Tartu_Kolgata_baptistikogudus, lk 2
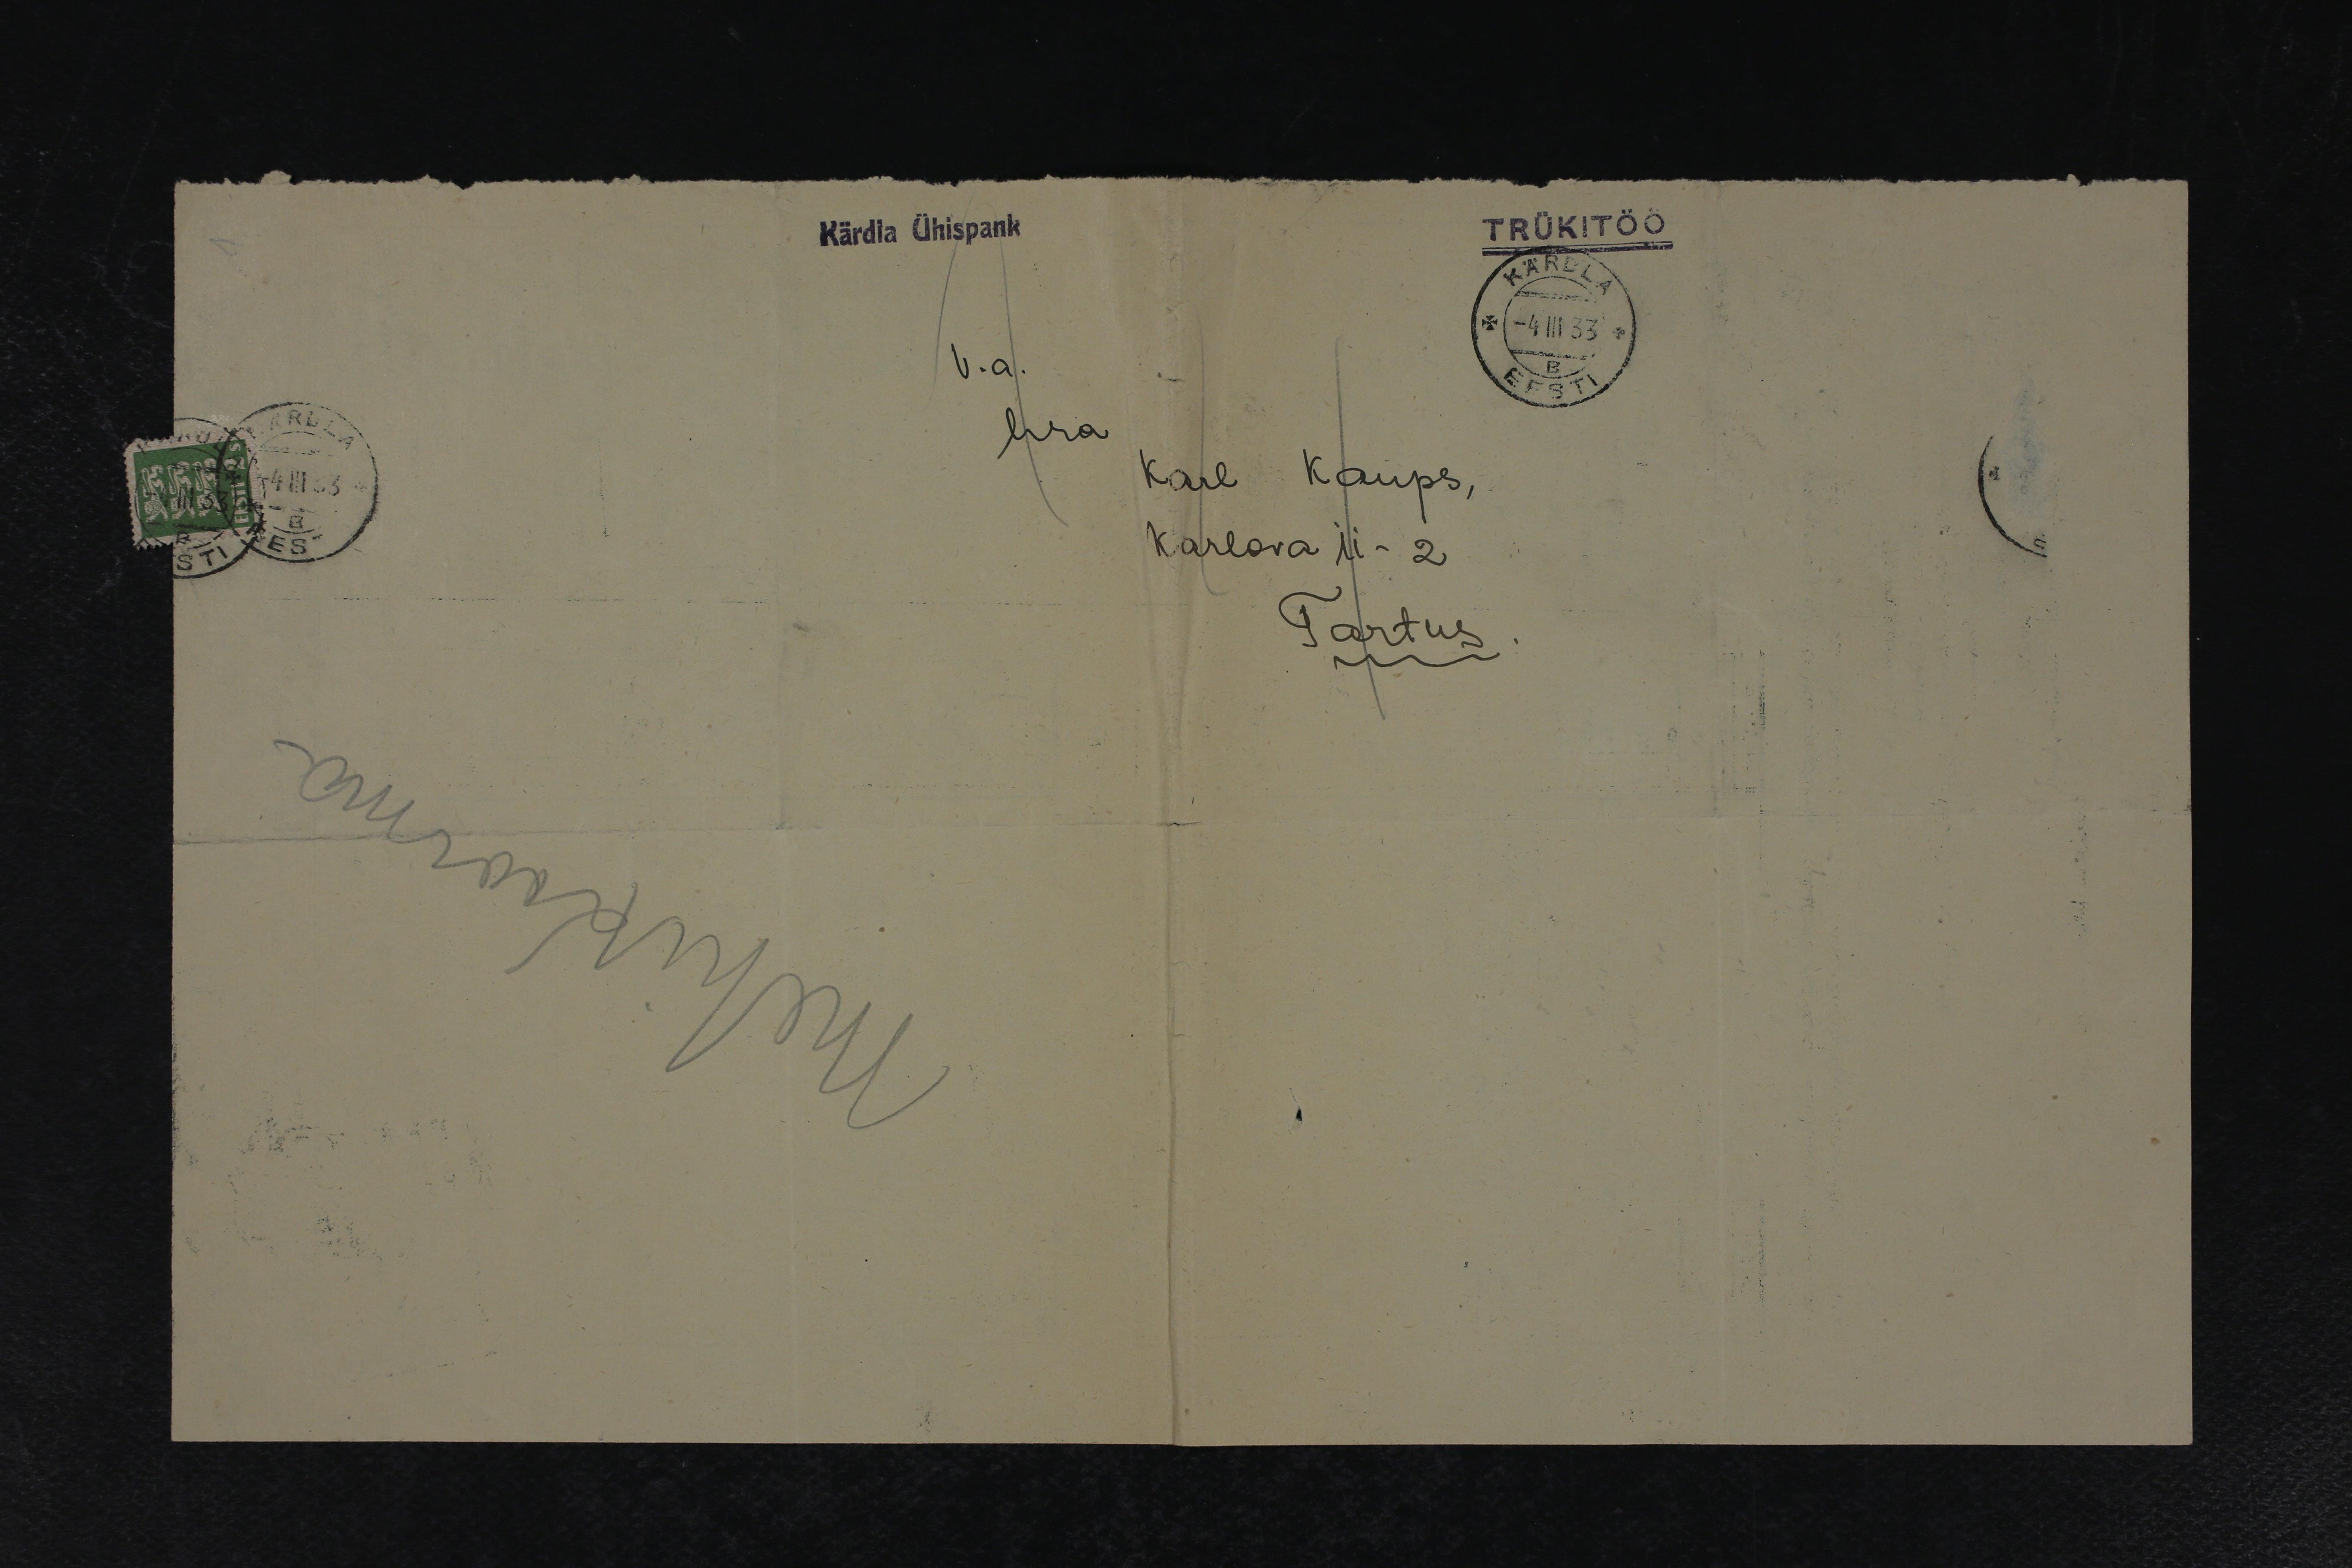
Kärdla Ühispank
TRÜKITÖÖ
V.a.
hra.
Karl Kaups,
Karlova 11-2
Tartus